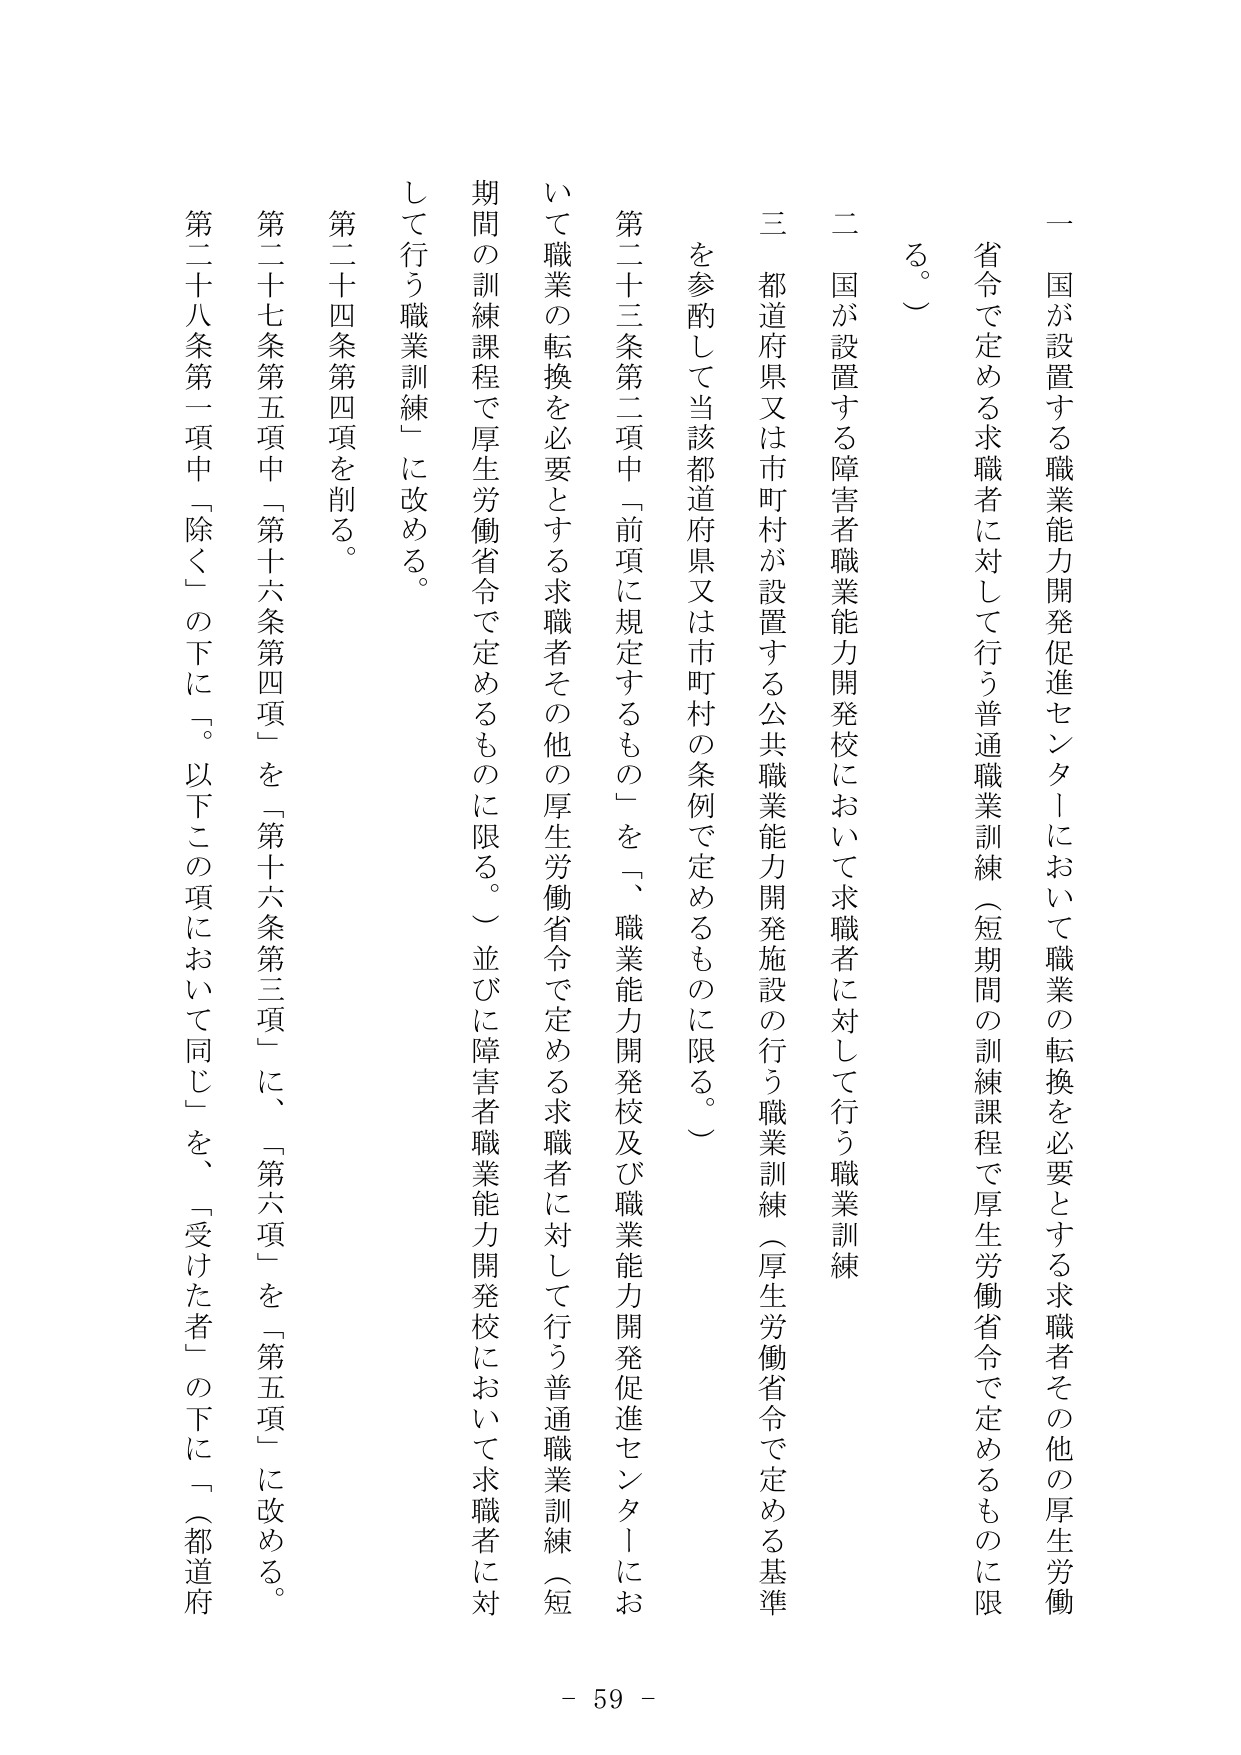
一 国が設置する職業能力開発促進センターにおいて職業の転換を必要とする求職者その他の厚生労働省令で定める求職者に対して行う普通職業訓練（短期間の訓練課程で厚生労働省令で定めるものに限る。）

二 国が設置する障害者職業能力開発校において求職者に対して行う職業訓練

三 都道府県又は市町村が設置する公共職業能力開発施設の行う職業訓練（厚生労働省令で定める基準を参酌して当該都道府県又は市町村の条例で定めるものに限る。）

第二十三条第二項中「前項に規定するもの」を、「職業能力開発校及び職業能力開発促進センターにおいて職業の転換を必要とする求職者その他の厚生労働省令で定める求職者に対して行う普通職業訓練（短期間の訓練課程で厚生労働省令で定めるものに限る。）並びに障害者職業能力開発校において求職者に対して行う職業訓練」に改める。

第二十四条第四項を削る。

第二十七条第五項中「第十六条第四項」を「第十六条第三項」に、「第六項」を「第五項」に改める。

第二十八条第一項中「除く」の下に「。以下この項において同じ」を、「受けた者」の下に「（都道府

- 59 -